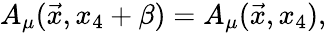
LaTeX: A_{\mu}(\vec{x},x_{4}+\beta)=A_{\mu}(\vec{x},x_{4}),